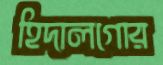
হিদালগোর